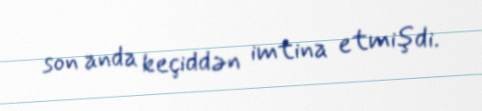
son anda keçiddən imtina etmişdi.